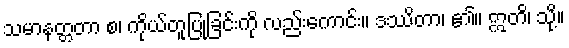
သမာနတ္တတာ စ၊ ကိုယ်တူပြုခြင်းကို လည်းကောင်း။ ဒဿိတာ၊ ၏။ ဣတိ၊ သို့။